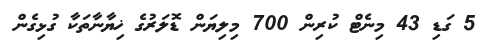
5 ގަޑި 43 މިނެޓް ކުރިން 700 މިލިޔަން ޑޮލަރުގެ ޚިޔާނާތަކާ ގުޅިގެން